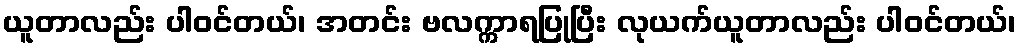
ယူတာလည်း ပါဝင်တယ်၊ အတင်း ဗလက္ကာရပြုပြီး လုယက်ယူတာလည်း ပါဝင်တယ်၊